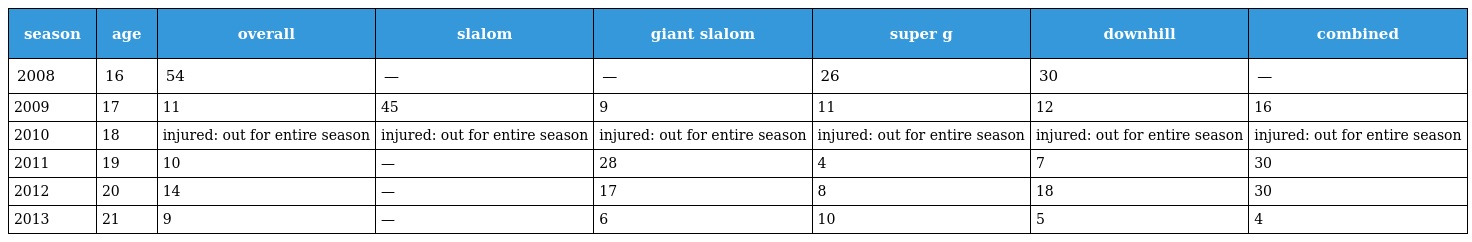
| season | age | overall | slalom | giant slalom | super g | downhill | combined |
 | --- | --- | --- | --- | --- | --- | --- | --- |
 | 2008 | 16 | 54 | — | — | 26 | 30 | — |
 | 2009 | 17 | 11 | 45 | 9 | 11 | 12 | 16 |
 | 2010 | 18 | injured: out for entire season | injured: out for entire season | injured: out for entire season | injured: out for entire season | injured: out for entire season | injured: out for entire season |
 | 2011 | 19 | 10 | — | 28 | 4 | 7 | 30 |
 | 2012 | 20 | 14 | — | 17 | 8 | 18 | 30 |
 | 2013 | 21 | 9 | — | 6 | 10 | 5 | 4 |